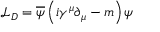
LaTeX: { \mathcal { L } } _ { D } = { \overline { { \psi } } } \left( i \gamma ^ { \mu } \partial _ { \mu } - m \right) \psi